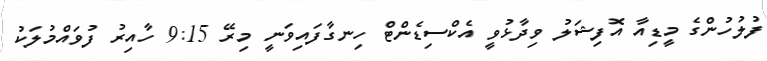
ފުލުހުންގެ މީޑިއާ އޮފިޝަލު ވިދާޅުވީ އެކްސިޑެންޓް ހިނގާފައިވަނީ މިރޭ 9:15 ހާއިރު ފުވައްމުލަކު